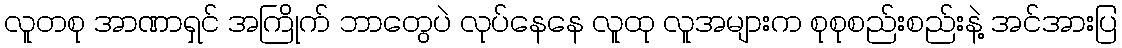
လူတစု အာဏာရှင် အကြိုက် ဘာတွေပဲ လုပ်နေနေ လူထု လူအများက စုစုစည်းစည်းနဲ့ အင်အားပြ